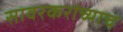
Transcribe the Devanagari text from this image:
सावरकरांच्याच